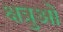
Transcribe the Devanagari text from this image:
क्षत्रुओं